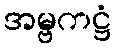
အမ္ဗကဋ္ဌံ